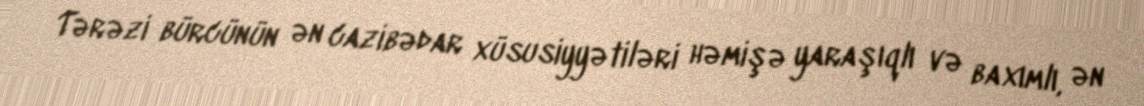
Tərəzi bürcünün ən cazibədar xüsusiyyətiləri həmişə yaraşıqlı və baxımlı, ən